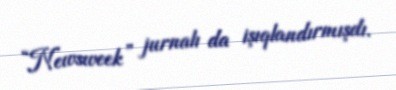
“Newsweek” jurnalı da işıqlandırmışdı.